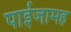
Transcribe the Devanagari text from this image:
पाईजामह